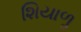
શિયાળૢ